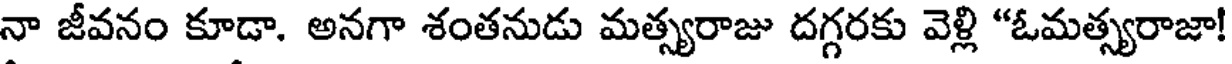
నా జీవనం కూడా. అనగా శంతనుడు మత్స్యరాజు దగ్గరకు వెళ్లి "ఓమత్స్యరాజా!